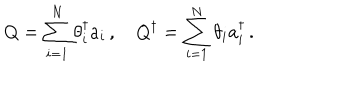
LaTeX: Q = \sum _ { i = 1 } ^ { N } \theta _ { i } ^ { \dagger } a _ { i } \, , \quad Q ^ { \dagger } = \sum _ { i = 1 } ^ { N } \theta _ { i } a _ { i } ^ { \dagger } \, .